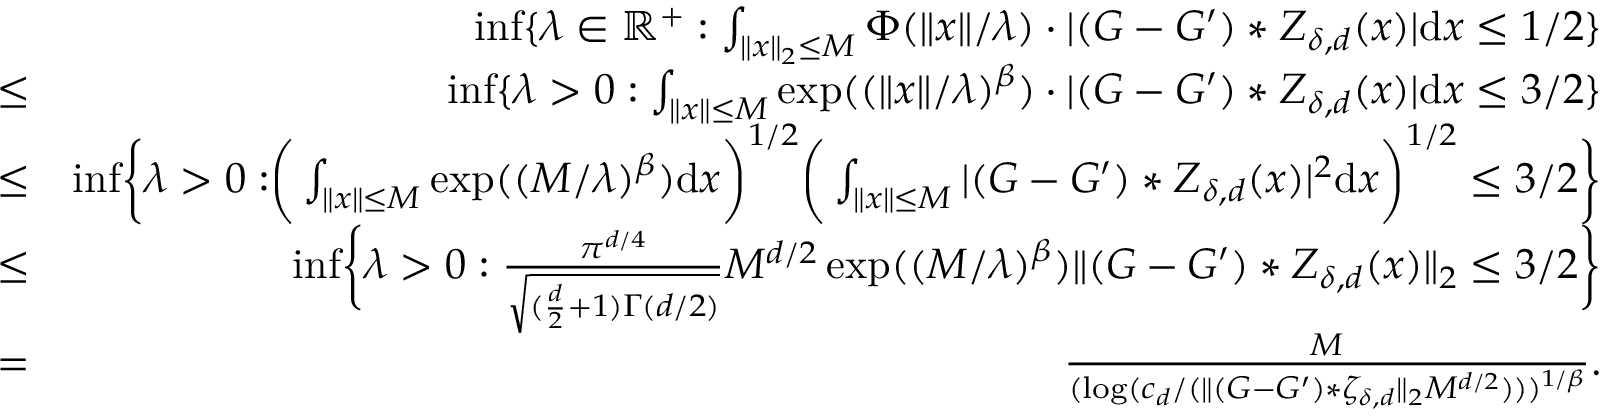
\begin{array} { r l r } & { } & { \operatorname* { i n f } \{ \lambda \in \mathbb { R } ^ { + } : \int _ { \| x \| _ { 2 } \leq M } \Phi ( \| x \| / \lambda ) \cdot | ( G - G ^ { \prime } ) \ast Z _ { \delta , d } ( x ) | \mathrm { d } x \leq 1 / 2 \} } \\ & { \leq } & { \operatorname* { i n f } \{ \lambda > 0 : \int _ { \| x \| \leq M } { \exp ( ( \| x \| / \lambda ) ^ { \beta } ) \cdot | ( G - G ^ { \prime } ) * Z _ { \delta , d } ( x ) | \mathrm { d } x } \leq 3 / 2 \} } \\ & { \leq } & { \operatorname* { i n f } \biggr \{ \lambda > 0 : \biggr ( \int _ { \| x \| \leq M } \exp ( ( M / \lambda ) ^ { \beta } ) \mathrm { d } x \biggr ) ^ { 1 / 2 } \biggr ( \int _ { \| x \| \leq M } | ( G - G ^ { \prime } ) * Z _ { \delta , d } ( x ) | ^ { 2 } \mathrm { d } x \biggr ) ^ { 1 / 2 } \leq 3 / 2 \biggr \} } \\ & { \leq } & { \operatorname* { i n f } \biggr \{ \lambda > 0 : \frac { \pi ^ { d / 4 } } { \sqrt { ( \frac { d } { 2 } + 1 ) \Gamma ( d / 2 ) } } M ^ { d / 2 } \exp ( ( M / \lambda ) ^ { \beta } ) \| ( G - G ^ { \prime } ) * Z _ { \delta , d } ( x ) \| _ { 2 } \leq 3 / 2 \biggr \} } \\ & { = } & { \frac { M } { ( \log ( c _ { d } / ( \| ( G - G ^ { \prime } ) * \zeta _ { \delta , d } \| _ { 2 } M ^ { d / 2 } ) ) ) ^ { 1 / \beta } } . } \end{array}